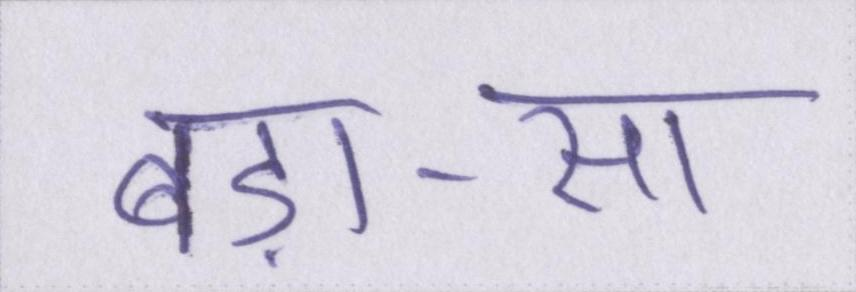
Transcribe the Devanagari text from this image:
बड़ा-सा